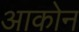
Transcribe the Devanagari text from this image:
आकोन